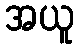
အယူ